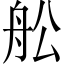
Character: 舩